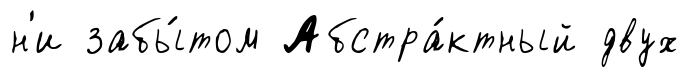
н'и забы́том Абстра́ктный двух